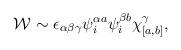
LaTeX: \begin{align*}{\cal W}\sim \epsilon_{\alpha \beta \gamma} \psi^{\alpha a}_{i} \psi^{\beta b}_{i}\chi^\gamma_{[a,b]},\end{align*}